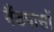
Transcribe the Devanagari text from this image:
बैंडपासों